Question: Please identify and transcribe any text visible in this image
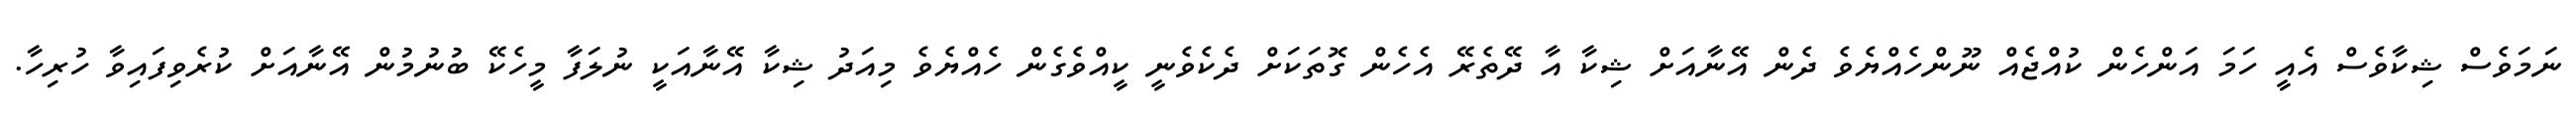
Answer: ނަމަވެސް ޝިކާވެސް އެއީ ހަމަ އަންހެން ކުއްޖެއް ނޫންހެއްޔެވެ ދެން އޭނާއަށް ޝިކާ އާ ދޭތެރޭ އެހެން ގޮތަކަށް ދެކެވެނީ ކީއްވެގެން ހެއްޔެވެ މިއަދު ޝިކާ އޭނާއަކީ ނުލަފާ މީހެކޭ ބުނުމުން އޭނާއަށް ކުރެވިފައިވާ ހުރިހާ.